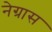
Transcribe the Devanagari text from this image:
नेग्रास